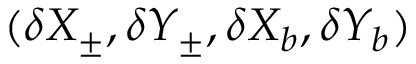
( \delta X _ { \pm } , \delta Y _ { \pm } , \delta X _ { b } , \delta Y _ { b } )